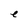
Character: e